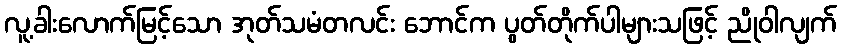
လူ့ခါးလောက်မြင့်သော အုတ်သမံတလင်း ဘောင်က ပွတ်တိုက်ပါများသဖြင့် ညိုဝါလျက်